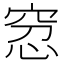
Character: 𥥬